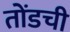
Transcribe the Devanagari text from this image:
तोंडची